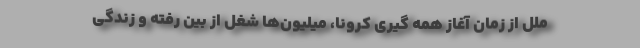
ملل از زمان آغاز همه گیری کرونا، میلیون‌ها شغل از بین رفته و زندگی